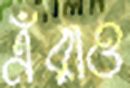
এঁরাও